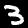
Label: 3